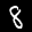
Label: 8